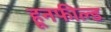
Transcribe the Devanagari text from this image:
हूनफील्ड